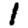
Digit: 1